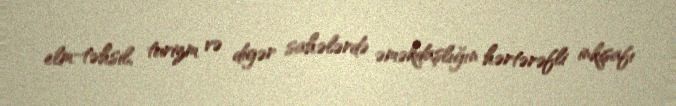
elm-təhsil, turizm və digər sahələrdə əməkdaşlığın hərtərəfli inkişafı